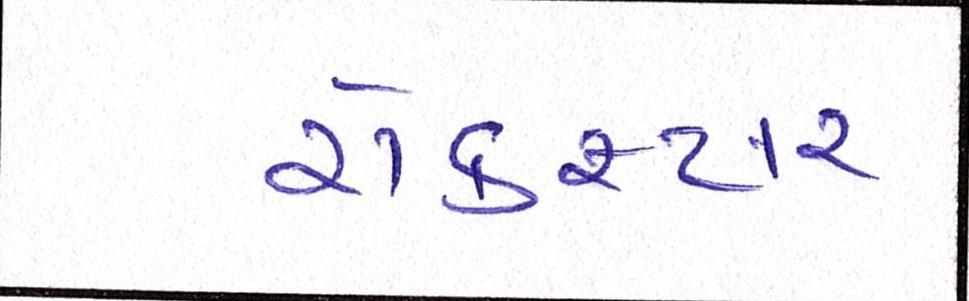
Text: રોકસ્ટાર